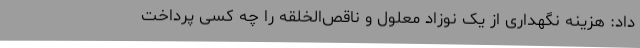
داد: هزینه نگهداری از یک نوزاد معلول و ناقص‌الخلقه را چه کسی پرداخت